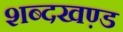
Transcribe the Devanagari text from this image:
शब्दखण़्ड